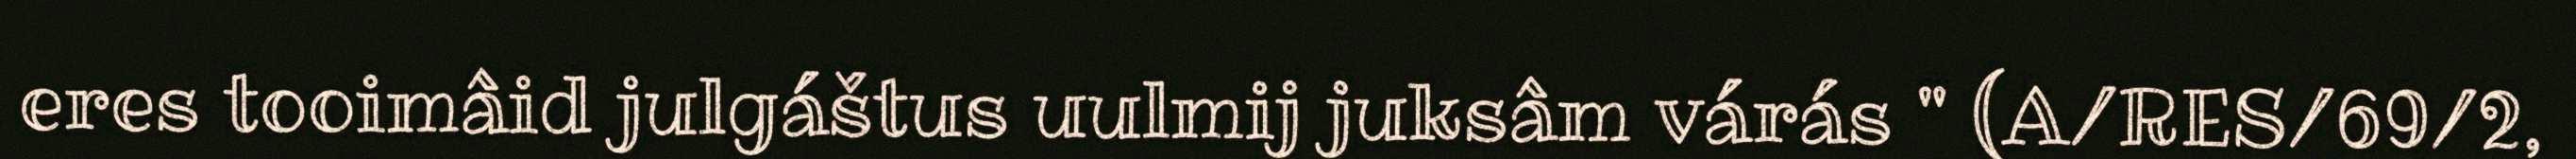
eres tooimâid julgáštus uulmij juksâm várás " (A/RES/69/2,